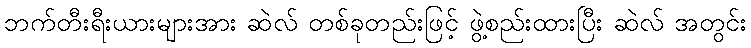
ဘက်တီးရီးယားများအား ဆဲလ် တစ်ခုတည်းဖြင့် ဖွဲ့စည်းထားပြီး ဆဲလ် အတွင်း